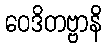
ဝေဒိတဗ္ဗာနိ